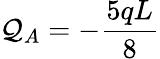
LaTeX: \mathcal{Q}_{A}=-{\frac{{5qL}}{{8}}}